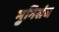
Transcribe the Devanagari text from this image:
मुनिसंघ